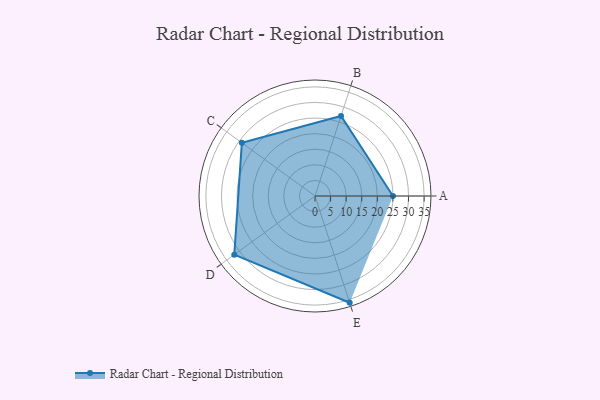
{"axis": {"x": "Skill", "y": "Score"}, "legend": ["Profile"], "data": [{"x": "A", "y": 25.0, "type": "Profile"}, {"x": "B", "y": 27.0, "type": "Profile"}, {"x": "C", "y": 29.0, "type": "Profile"}, {"x": "D", "y": 32.0, "type": "Profile"}, {"x": "E", "y": 36.0, "type": "Profile"}]}